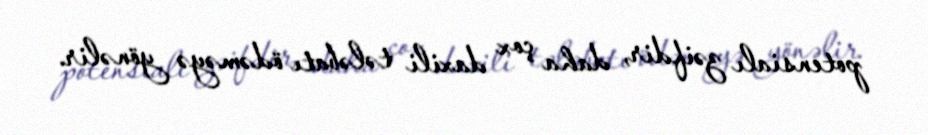
potensialı zəifdir, daha çox daxili tələbatı ödəməyə yönəlir.